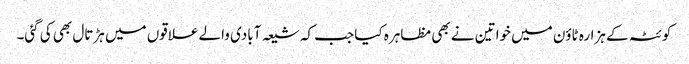
کوئٹہ کے ہزارہ ٹاؤن میں خواتین نے بھی مظاہرہ کیا جب کہ شیعہ آبادی والے علاقوں میں ہڑتال بھی کی گئی۔